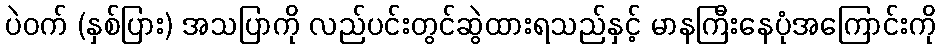
ပဲဝက် (နှစ်ပြား) အသပြာကို လည်ပင်းတွင်ဆွဲထားရသည်နှင့် မာနကြီးနေပုံအကြောင်းကို